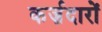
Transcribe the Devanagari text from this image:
कर्ज़दारों